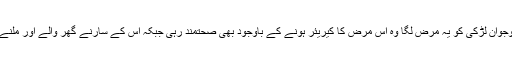
چین میں ایک ایسا کیس بھی سامنے آیا تھا کہ جس نوجوان لڑکی کو یہ مرض لگا وہ اس مرض کا کیریئر ہونے کے باوجود بھی صحتمند رہی جبکہ اس کے سارنے گھر والے اور ملنے ملانے والے اس مرض کی زد میں آ کر ڈھے گئے۔